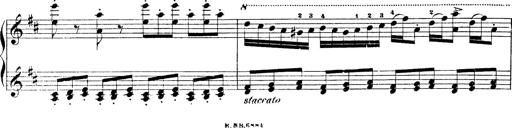
Title: Illustrations de l'opÃ©ra L'Africaine
Composer: Franz Liszt